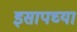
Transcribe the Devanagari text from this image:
इसापच्या